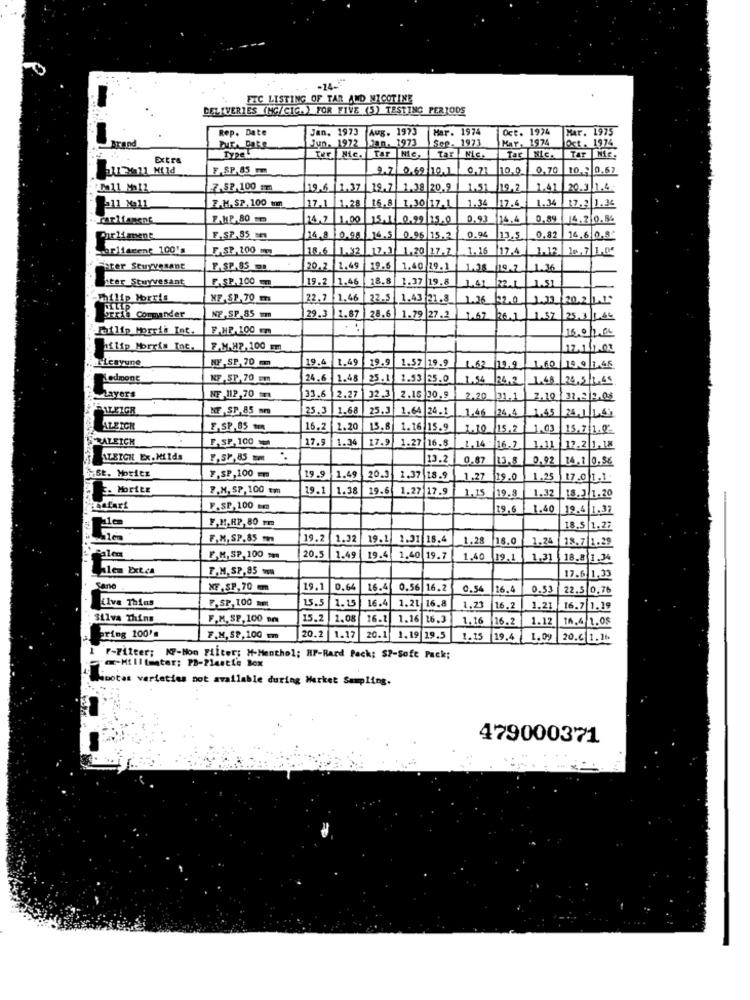
FEC LISTING OF TAR AND NICOTINE
DELIVERIES (MG/CICA) FOR FIVE (5) TESTING PER1005
Rep. Date
Jan. 1973
Aug. 1973
Mar. 1974
Oct. 1974
Mar. 1975
Jun. 1972
Jan. 1973
Sep. 1973
KAT. 1974
Brand
Dite Pake
Tar Nic.
Oct. 1974
TAT
Extra
Type
Tur Nie. Tar
Tar | Nic.
Nie
F.$P.85 mm
2.7 0,69 10.1
0,71
1001
0.70
10.3 0.67
7.SP.100 1m
19,6
19.7 1.38 20.9
1.51
19,2
1.41
20.3 1.4
F.H. SP. 100 mm
17.1
1.28
16.8
1.34
17.6.
1.34
1.30 17.1
17.2 1.36
Tarifagent
F.MP.80 mm
24,7
1.00
15-1 0.29 25.0
0.93
14.4
0.89
14.2 0.5%
Parliament
F.SP.85 m
14.8
10.00
74.5 0.96
15,2
0.94
13.5.
0.82
16.6.0.8
marliarent 100's
F.SP, 200 mm
18.6 1.92
17.2
1.20
17.7
1.16
17.4
1.12 16.7 1.0.
Fater Stuyvesant
F. SP.85 mm
20,2
1.49
19.6
1.40 19.1
1.28 /19.2 1.36
iter Stuyvesant
F. S.P. 100 m
19.2
1.46
18.8
1.37 19.8
1.41 22.1 1.51
Philip Morris
MF-SP.70 m
22.7 1.46
22.5 1.43 21.3
1.36 |22.0
1.33_ 20.2 .42.
Gerie commander
NF.SP.85 mm
29.3 1.87 28.6 1.79 27.2 1.67
1.57
25.3. 1.64
Jeilip Morris Int.
F.HP.100 mm
15.0/2.04
hilip Morris Tot.
F.M.HP,100 mm
12.1/1.02
ayune
NF,SP, 70 mm
1.49
19.9
19.
1.57 |19.9
1.62 /19.9
19.9 1.45
Ledmone
NF,SP.70 un
24.6 1.48 25.11
1.53 25.0
124.2 1.48 24.5 1.45
Layers
NF 112,70
33.6 2.27
22.3
2.15 30.9
2.20 31.1
2.10 32.2 2.05
NF,SP.85 mm
25.3 1.68
25.3
1.64 24.1
1.46 24.4 1.65
ALEICH
F,SP,85 mm
16.2 2.20
15.8
1.16 15.9
15.2 1.03 15.7 1.9.
RALEICH
F. SP, 100
17.9 1.34
17.9
7 16.8
1, 14
16.3
1.11 12.2 1.18
ATETCH Ex. Milda
1.5P,85 m.
13.2
0,87
13.8
0.92
14.1 0.56
St. Moritz
F,SP,100 m
19.9
1.49
20.3
1.37 18.9
1.27
19.0
1.25 17.01.1.
. MoriLE
P.M, SP, 100 cm
19.1
1.38
19.6
1.27 17.9
1.32
2.35
19.8
18.1 1.20
F.SP,100 mm
19.6
1.40 19.4 1.37
F.H.HP, 80 cm
18.5 1.27
F.X, SP. 85 m
19.2 1.32
19.1 1.31 18.4
1.28
18.0
1.24
18.7 1.29
Palen
F.M. SP, 100 mm
20,5 1.49
19.4
1.40 19.7
19.1
1.31
18.8 1.34
hlem Ext.ca
F.M. SP,85 M
17.6 1.33
XF, SP, 70 mm
19.1 0.64
16.4
0.56 16.2
0.5
16.4
0.53
22.5 0,76
F.SP, 100 amm
15.5
1.15
16.4
1.21
Livs Thins
16.8
1,2
16.2
1.21 16.7 1.19
Silva Thins
F.M.SP,100 om
15.2
1.08
16.1
1.16
6.3
1. 16
16.2]
1.12
16.4/1.08
aring 100's
F.M, SP, 100 mm
20.2 1.17
20.1
1.19 19.5 1.15
19.4 1.09 20.6 1.16.
F-Filter; IF-Non Filter; H-Menthol; HF-Rard Pack; SP-Soft Pack;
Mibotas varieties not available during Market Sampling.
479000371